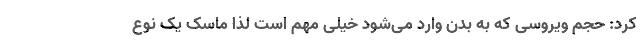
کرد: حجم ویروسی که به بدن وارد می‌شود خیلی مهم است لذا ماسک یک نوع